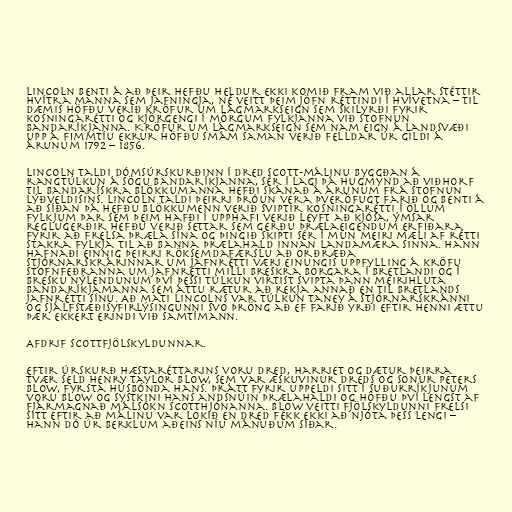
Lincoln benti á að þeir hefðu heldur ekki komið fram við allar stéttir
hvítra manna sem jafningja, né veitt þeim jöfn réttindi í hvívetna – til
dæmis höfðu verið kröfur um lágmarkseign sem skilyrði fyrir
kosningarétti og kjörgengi í mörgum fylkjanna við stofnun
Bandaríkjanna. Kröfur um lágmarkseign sem nam eign á landsvæði
upp á fimmtíu ekrur höfðu smám saman verið felldar úr gildi á
árunum 1792 – 1856.

Lincoln taldi dómsúrskurðinn í Dred Scott-málinu byggðan á
rangtúlkun á sögu Bandaríkjanna, sér í lagi þá hugmynd að viðhorf
til bandarískra blökkumanna hefði skánað á árunum frá stofnun
lýðveldisins. Lincoln taldi þeirri þróun vera þveröfugt farið og benti á
að síðan þá hefðu blökkumenn verið sviptir kosningarétti í öllum
fylkjum þar sem þeim hafði í upphafi verið leyft að kjósa, ýmsar
reglugerðir hefðu verið settar sem gerðu þrælaeigendum erfiðara
fyrir að frelsa þræla sína og þingið skipti sér í mun meiri mæli af rétti
stakra fylkja til að banna þrælahald innan landamæra sinna. Hann
hafnaði einnig þeirri röksemdafærslu að orðræða
stjórnarskrárinnar um jafnrétti væri einungis uppfylling á kröfu
stofnfeðranna um jafnrétti milli breskra borgara í Bretlandi og í
bresku nýlendunum því þessi túlkun virtist svipta þann meirihluta
Bandaríkjamanna sem áttu rætur að rekja annað en til Bretlands
jafnrétti sínu. Að mati Lincolns var túlkun Taney á stjórnarskránni
og sjálfstæðisyfirlýsingunni svo þröng að ef farið yrði eftir henni ættu
þær ekkert erindi við samtímann.

Afdrif Scottfjölskyldunnar.

Eftir úrskurð hæstaréttarins voru Dred, Harriet og dætur þeirra
tvær seld Henry Taylor Blow, sem var æskuvinur Dreds og sonur Peters
Blow, fyrsta húsbónda hans. Þrátt fyrir uppeldi sitt í suðurríkjunum
voru Blow og systkini hans andsnúin þrælahaldi og höfðu því lengst af
fjármagnað málsókn Scotthjónanna. Blow veitti fjölskyldunni frelsi
sitt eftir að málinu var lokið en Dred fékk ekki að njóta þess lengi –
hann dó úr berklum aðeins níu mánuðum síðar.